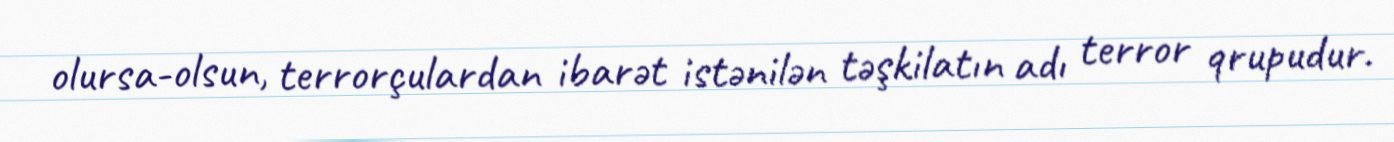
olursa-olsun, terrorçulardan ibarət istənilən təşkilatın adı terror qrupudur.